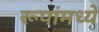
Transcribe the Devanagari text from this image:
रूपांमध्ये